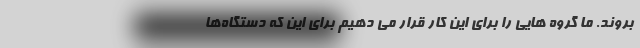
بروند. ما گروه هایی را برای این کار قرار می دهیم برای این که دستگاه‌ها